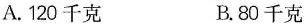
A.120千克 B.80千克